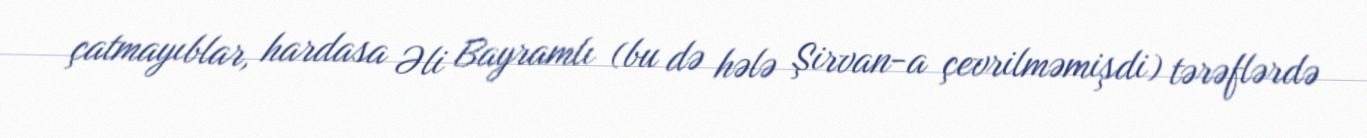
çatmayıblar, hardasa Əli Bayramlı (bu də hələ Şirvan-a çevrilməmişdi) tərəflərdə